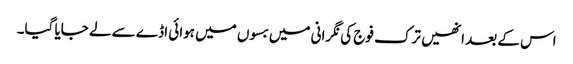
اس کے بعد انھیں ترک فوج کی نگرانی میں بسوں میں ہوائی اڈے سے لے جایا گیا۔